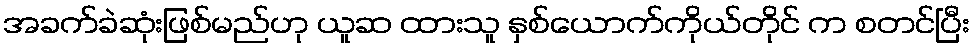
အခက်ခဲဆုံးဖြစ်မည်ဟု ယူဆ ထားသူ နှစ်ယောက်ကိုယ်တိုင် က စတင်ပြီး